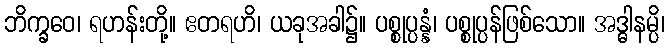
ဘိက္ခဝေ၊ ရဟန်းတို့။ ဧတရဟိ၊ ယခုအခါ၌။ ပစ္စုပ္ပန္နံ၊ ပစ္စုပ္ပန်ဖြစ်သော။ အဒ္ဓါနမ္ပိ၊